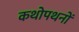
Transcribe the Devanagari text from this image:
कथोपथनों